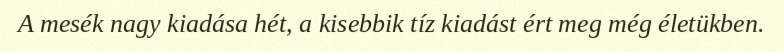
A mesék nagy kiadása hét, a kisebbik tíz kiadást ért meg még életükben.